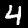
Label: 4